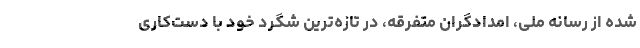
شده از رسانه ملی، امدادگران متفرقه، در تازه‌ترین شگرد خود با دست‌کاری